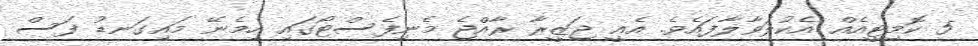
5 ކޮމިޓީއެއް އެކުލަވާލާފައެވެ. އެއީ ޖަޒީރާ ރާއްޖެ މެނިފެސްޓޯގައި ހިމެނޭ މައިގަނޑު ފަސް